Scottish Certificate of Education, 1962
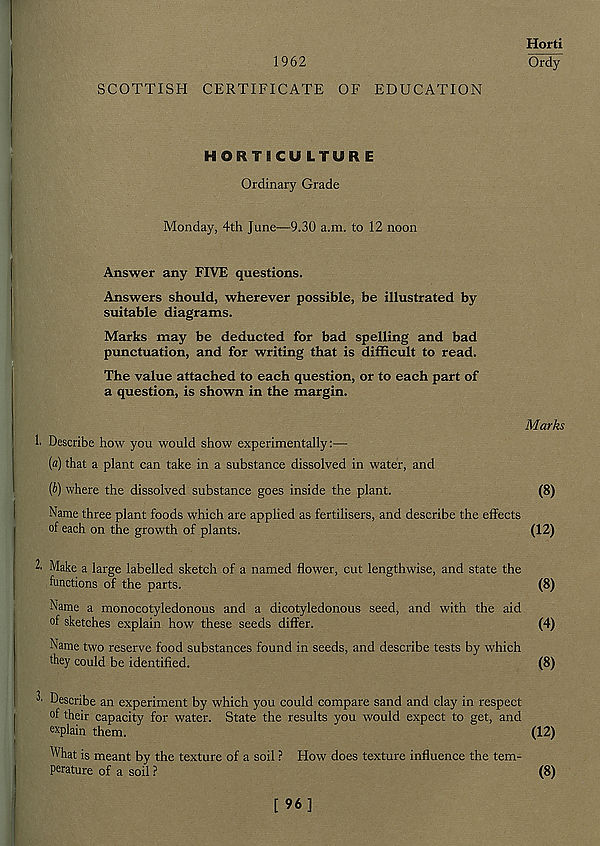
1962
Horti
Ordy
SCOTTISH CERTIFICATE OF EDUCATION
HORTSCU LTUR E
Ordinary Grade
Monday, 4th June—9.30 a.m. to 12 noon
Answer any FIVE questions.
Answers should, wherever possible, be illustrated by
suitable diagrams.
Marks may be deducted for bad spelling and bad
punctuation, and for writing that is difficult to read.
The value attached to each question, or to each part of
a question, is shown in the margin.
Marks
1. Describe how you would show experimentally:—
(«) that a plant can take in a substance dissolved in water, and
[b) where the dissolved substance goes inside the plant.
(8)
Name three plant foods which are applied as fertilisers, and describe the effects
of each on the growth of plants.
(12)
2. Make a large labelled sketch of a named flower, cut lengthwise, and state the
functions of the parts.
(8)
Name a monocotyledonous and a dicotyledonous seed, and with the aid
of sketches explain how these seeds differ.
(4)
Name two reserve food substances found in seeds, and describe tests by which
they could be identified.
(8)
2' Describe an experiment by which you could compare sand and clay in respect
of their capacity for water. State the results you would expect to get, and
explain them.
(12)
What is meant by the texture of a soil ? How does texture influence the tem-
perature of a soil ?
(8)
[ 96]